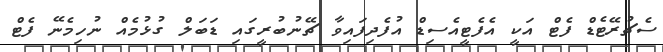
ސެޗުރޭޓެޑް ފެޓް އަކީ އެފެޓީއެސިޑް އުފެދިފައިވާ ޗޭނުބުރީގައި ޑަބަލް ގުޅުމެއް ނުހިމެނޭ ފެޓް